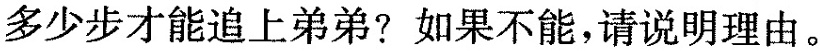
多少步才能追上弟弟?如果不能，请说明理由。